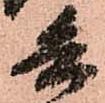
兵